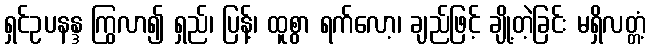
ရှင်ဥပနန္ဒ ကြွလာ၍ ရှည်၊ ပြန့်၊ ထူစွာ ရက်လော့၊ ချည်ဖြင့် ချို့တဲ့ခြင်း မရှိလတ္တံ့